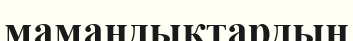
мамандықтардың